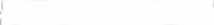
-